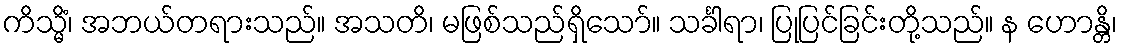
ကိသ္မိံ၊ အဘယ်တရားသည်။ အသတိ၊ မဖြစ်သည်ရှိသော်။ သင်္ခါရာ၊ ပြုပြင်ခြင်းတို့သည်။ န ဟောန္တိ၊